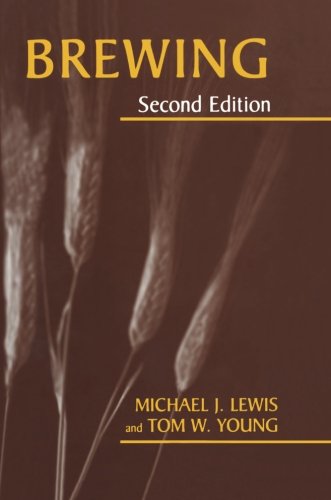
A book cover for Brewing; Michael J. Lewis; Science & Math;